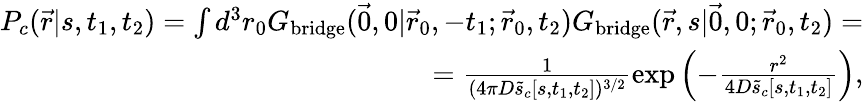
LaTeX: \begin{array}{r}{P_{c}(\vec{r}|s,t_{1},t_{2})=\int d^{3}r_{0}G_{\mathrm{bridge}}(\vec{0},0|\vec{r}_{0},-t_{1};\vec{r}_{0},t_{2})G_{\mathrm{bridge}}(\vec{r},s|\vec{0},0;\vec{r}_{0},t_{2})=}\\ {=\frac{1}{(4\pi D\tilde{s}_{c}[s,t_{1},t_{2}])^{3/2}}\exp\left(-\frac{r^{2}}{4D\tilde{s}_{c}[s,t_{1},t_{2}]}\right),}\end{array}